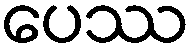
ပေဿ